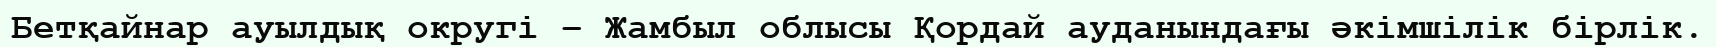
Бетқайнар ауылдық округі – Жамбыл облысы Қордай ауданындағы әкімшілік бірлік.